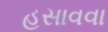
હસાવવા